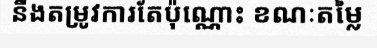
នឹងតម្រូវការតែប៉ុណ្ណោះ ខណៈតម្លៃ